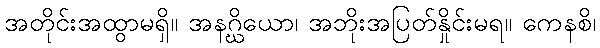
အတိုင်းအထွာမရှိ။ အနဂ္ဃိယော၊ အဘိုးအပြတ်နှိုင်းမရ။ ကေနစိ၊